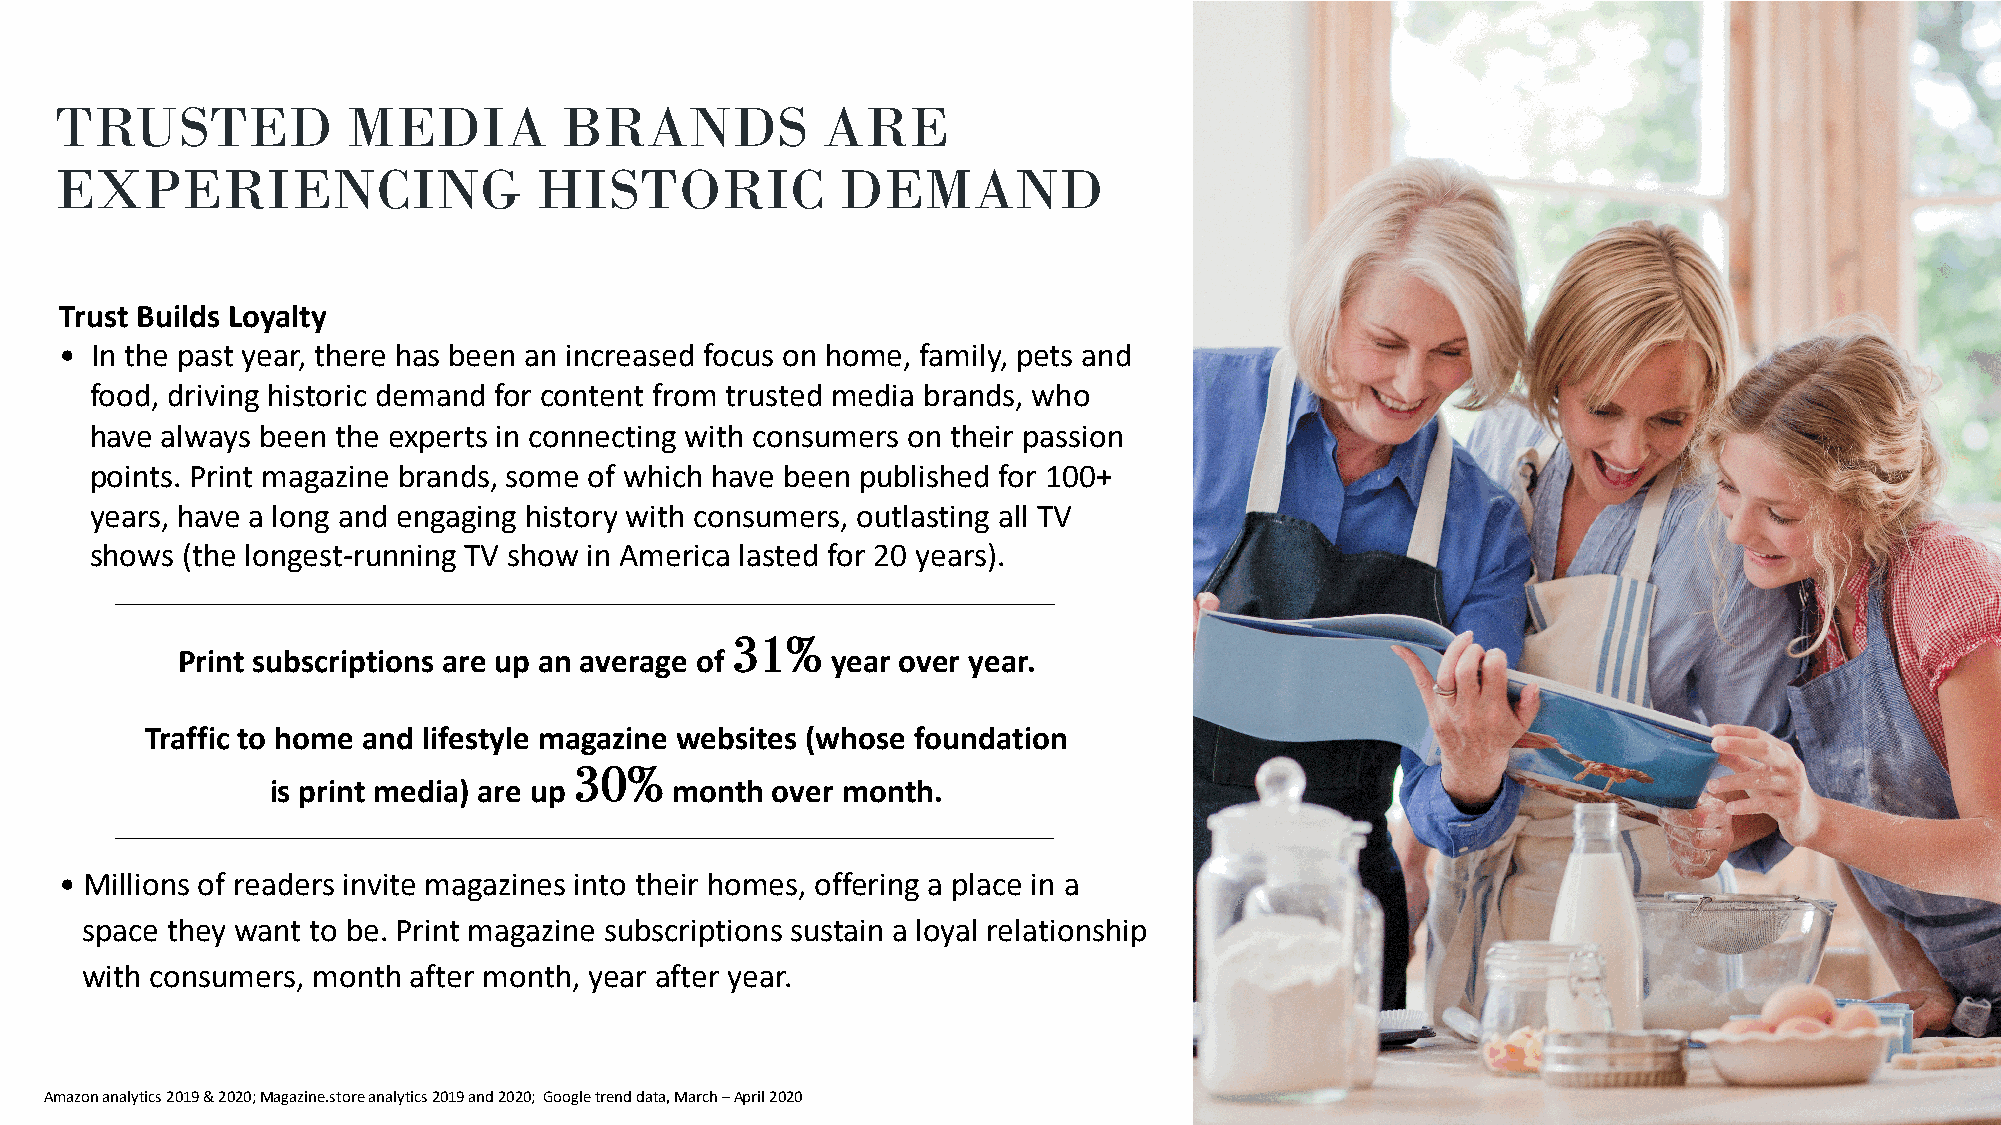
TRUSTED            MEDIA         BRANDS           ARE
 EXPERIENCING                   HISTORIC             DEMAND
 Trust Builds Loyalty
 • In the past year, there has been an increased focus on home, family, pets and
 food, driving historic demand for content from trusted media brands, who
 have always been the experts in connecting with consumers on their passion
 points. Print magazine brands, some of which have been published for 100+
 years, have a long and engaging history with consumers, outlasting all TV
 shows (the longest-running TV show in America lasted for 20 years).
 31%
 Print subscriptions are up an average of   year over year.
 Traffic to home and lifestyle magazine websites (whose foundation
 30%
 is print media) are up    month  over month.
 • Millions of readers invite magazines into their homes, offering a place in a
 space they want to be. Print magazine subscriptions sustain a loyal relationship
 with consumers, month after month, year after year.
 Amazon analytics 2019 & 2020; Magazine.storeanalytics 2019 and 2020; Google trend data, March –April 2020